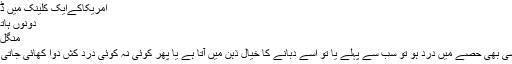
امریکاکےایک کلینک میں ڈاکٹرز نے نئے طریقہ علاج ...
دونوں ہاتھ باندھ لینے سے درد میں کمی
منگل‬‮ 24 فروری‬‮ 2015 | 18:00
لندن:(نیوز ڈیسک) جسم کے کسی بھی حصے میں درد ہو تو سب سے پہلے یا تو اسے دبانے کا خیال ذہن میں آتا ہے یا پھر کوئی نہ کوئی درد کش دوا کھائی جاتی ہے تاکہ تکلیف دور ہو جائے ۔